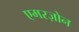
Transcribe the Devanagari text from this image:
एमरज़ोन